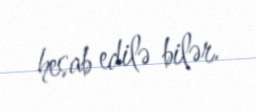
hesab edilə bilər.